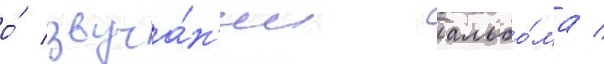
о́ звуча́н'ии альбо́ма /